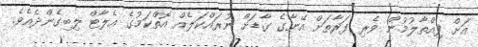
އަށް ފިއްތާލުމުން ވެރި ފަރާތަށް އޭނާގެ ގާޑަށް ނުރައްކަލެއް އޮތްކަމުގެ އެލާޓް ލިބިގެންދެއެވެ.